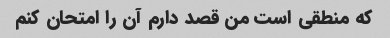
که منطقی است من قصد دارم آن را امتحان کنم